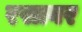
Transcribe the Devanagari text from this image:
रसावर